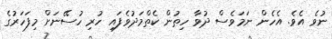
ނުވެ އެވެ. އެހެން ނަމަވެސް ދުވާ ހިތުން ކެތްމަދުވެފައި ހުރި ހުސޭނަށް މިފަހަރުގެ